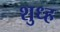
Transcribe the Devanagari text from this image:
शुध्ह